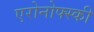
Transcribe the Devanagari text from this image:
एरोनोफ्स्की